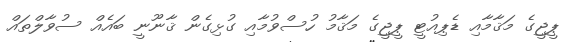
ޕީޖީގެ މަޤާމާއި ޑެޕިއުޓީ ޕީޖީގެ މަޤާމު ހުސްވުމާއި ގުޅިގެން ޤާނޫނީ ބައެއް ސުވާލްތައް